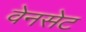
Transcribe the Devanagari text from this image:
वेनसेट